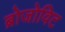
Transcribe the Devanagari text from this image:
ब्रोजोविट